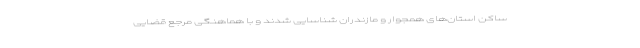
ساکن استان‌های همجوار و مازندران شناسایی شدند و با هماهنگی مرجع قضایی